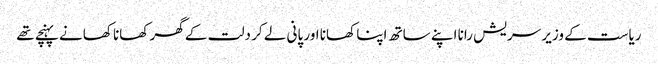
ریاست کے وزیر سریش رانا اپنے ساتھ اپنا کھانا اور پانی لے کر دلت کے گھر کھانا کھانے پہنچے تھے